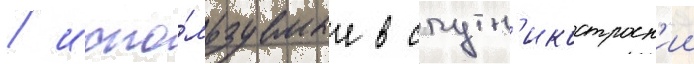
/ испо́льзуемые в спутн'икостроен'ии